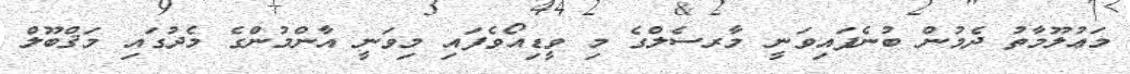
މަޢުލޫމާތު ދެމުން ބުނެފައިވަނީ މާރސެލްގެ މި ވީޑިއޯވެފައި މިވަނީ އާންމުންގެ މެދުގައި މަޤްބޫލް